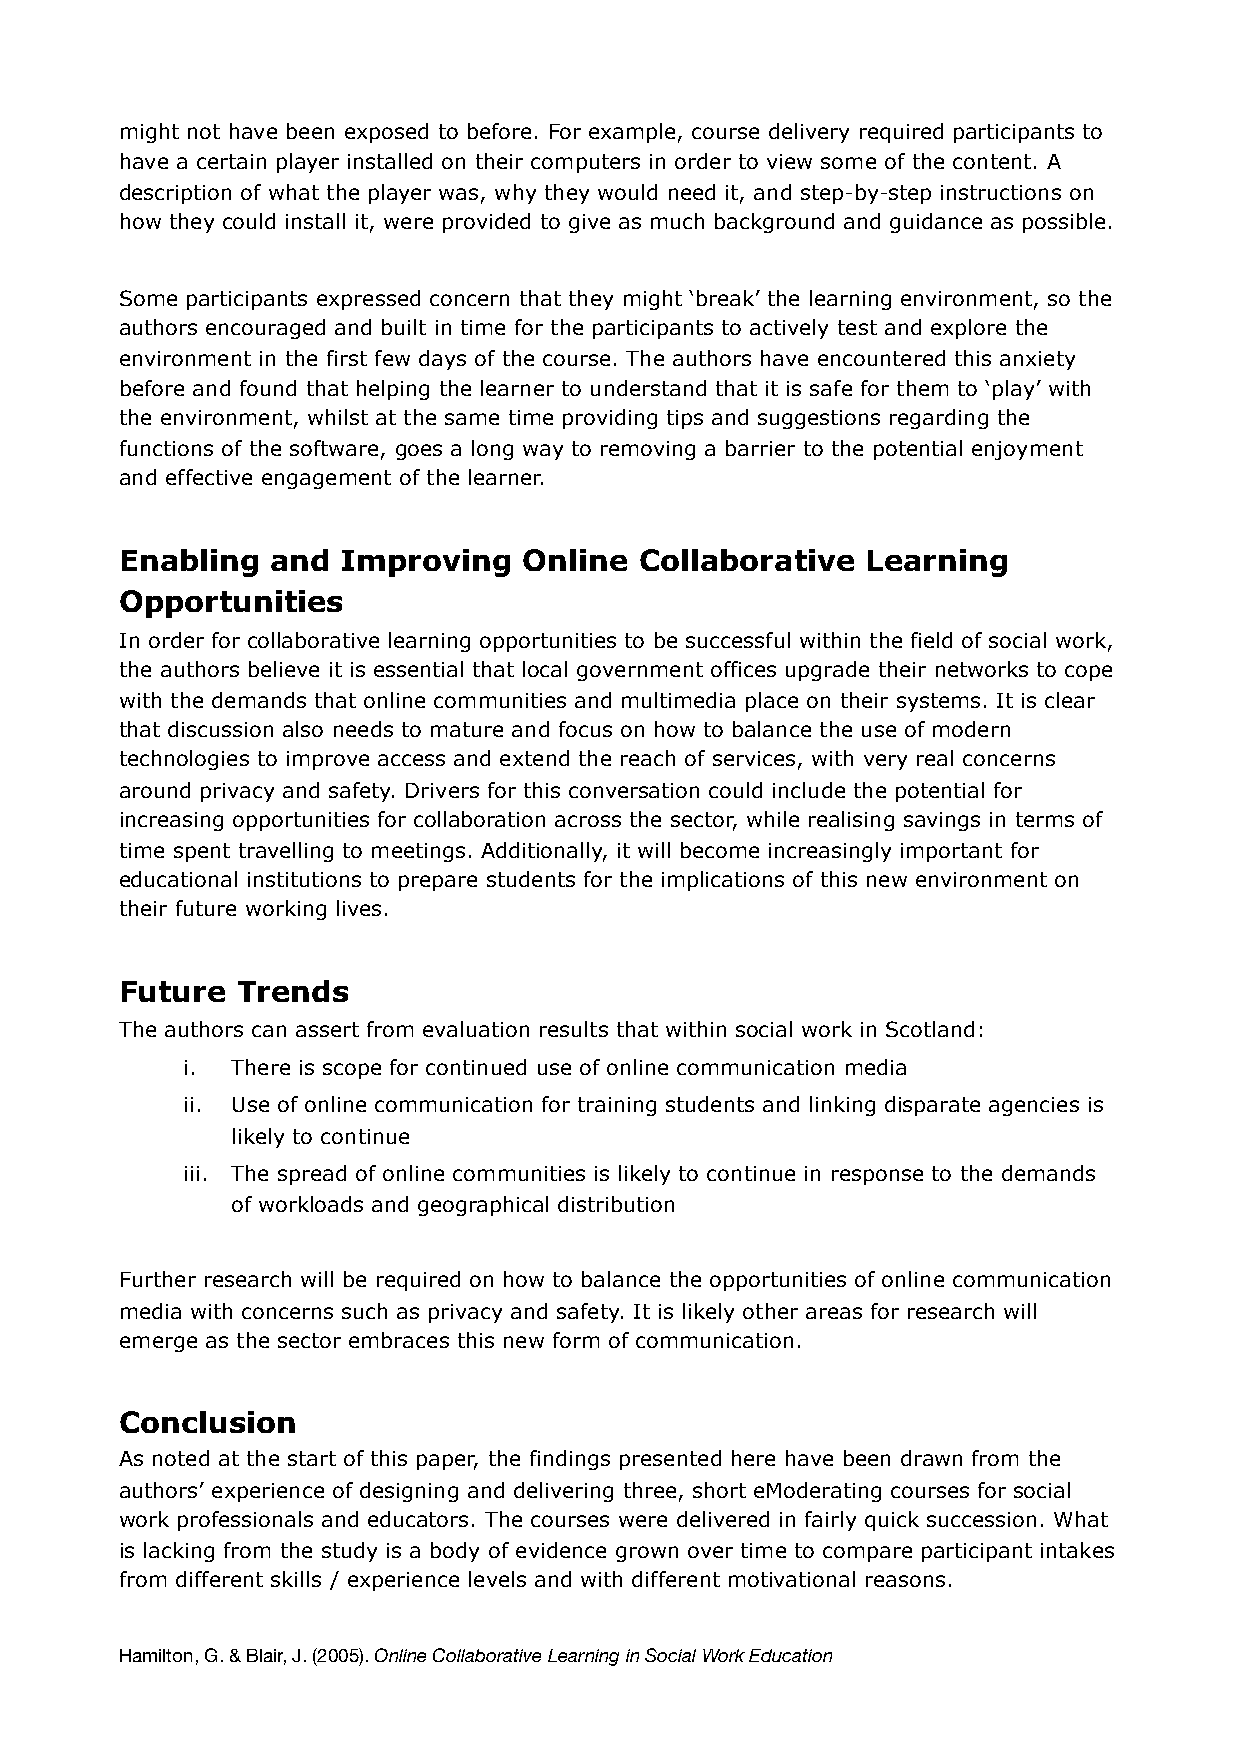
might not have been exposed to before. For example, course delivery required participants to
 have a certain player installed on their computers in order to view some of the content. A
 description of what the player was, why they would need it, and step-by-step instructions on
 how they could install it, were provided to give as much background and guidance as possible.
 Some participants expressed concern that they might ‘break’ the learning environment, so the
 authors encouraged and built in time for the participants to actively test and explore the
 environment in the first few days of the course. The authors have encountered this anxiety
 before and found that helping the learner to understand that it is safe for them to ‘play’ with
 the environment, whilst at the same time providing tips and suggestions regarding the
 functions of the software, goes a long way to removing a barrier to the potential enjoyment
 and effective engagement of the learner.
 Enabling  and  Improving   Online Collaborative  Learning
 Opportunities
 In order for collaborative learning opportunities to be successful within the field of social work,
 the authors believe it is essential that local government offices upgrade their networks to cope
 with the demands that online communities and multimedia place on their systems. It is clear
 that discussion also needs to mature and focus on how to balance the use of modern
 technologies to improve access and extend the reach of services, with very real concerns
 around privacy and safety. Drivers for this conversation could include the potential for
 increasing opportunities for collaboration across the sector, while realising savings in terms of
 time spent travelling to meetings. Additionally, it will become increasingly important for
 educational institutions to prepare students for the implications of this new environment on
 their future working lives.
 Future  Trends
 The authors can assert from evaluation results that within social work in Scotland:
 i. There is scope for continued use of online communication media
 ii. Use of online communication for training students and linking disparate agencies is
 likely to continue
 iii. The spread of online communities is likely to continue in response to the demands
 of workloads and geographical distribution
 Further research will be required on how to balance the opportunities of online communication
 media with concerns such as privacy and safety. It is likely other areas for research will
 emerge as the sector embraces this new form of communication.
 Conclusion
 As noted at the start of this paper, the findings presented here have been drawn from the
 authors’ experience of designing and delivering three, short eModerating courses for social
 work professionals and educators. The courses were delivered in fairly quick succession. What
 is lacking from the study is a body of evidence grown over time to compare participant intakes
 from different skills / experience levels and with different motivational reasons.
 Hamilton, G. & Blair, J. (2005). Online Collaborative Learning in Social Work Education